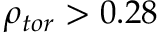
\rho _ { t o r } > 0 . 2 8